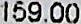
159.00